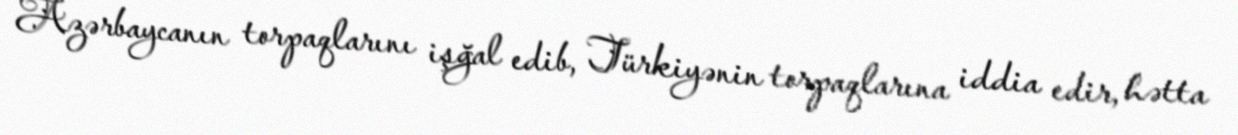
Azərbaycanın torpaqlarını işğal edib, Türkiyənin torpaqlarına iddia edir, hətta